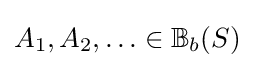
A_{1},A_{2},\ldots \in \mathbb {B} _{b}(S)